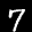
Label: 7